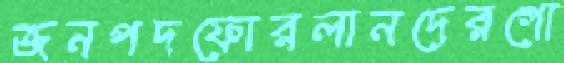
জনপদফোরলানদেরগো